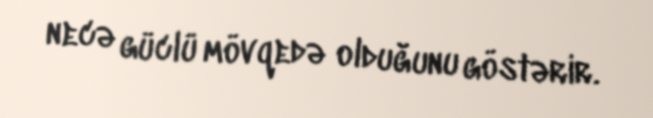
necə güclü mövqedə olduğunu göstərir.